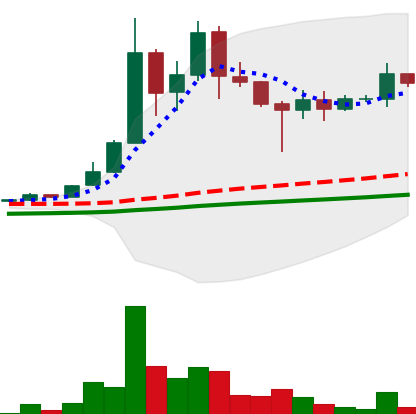
Ticker: DOGE-USD
Chart end date: 2021-04-29
Forward return: 77.388%
Label: up_7plus